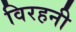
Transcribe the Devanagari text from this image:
विरहनी